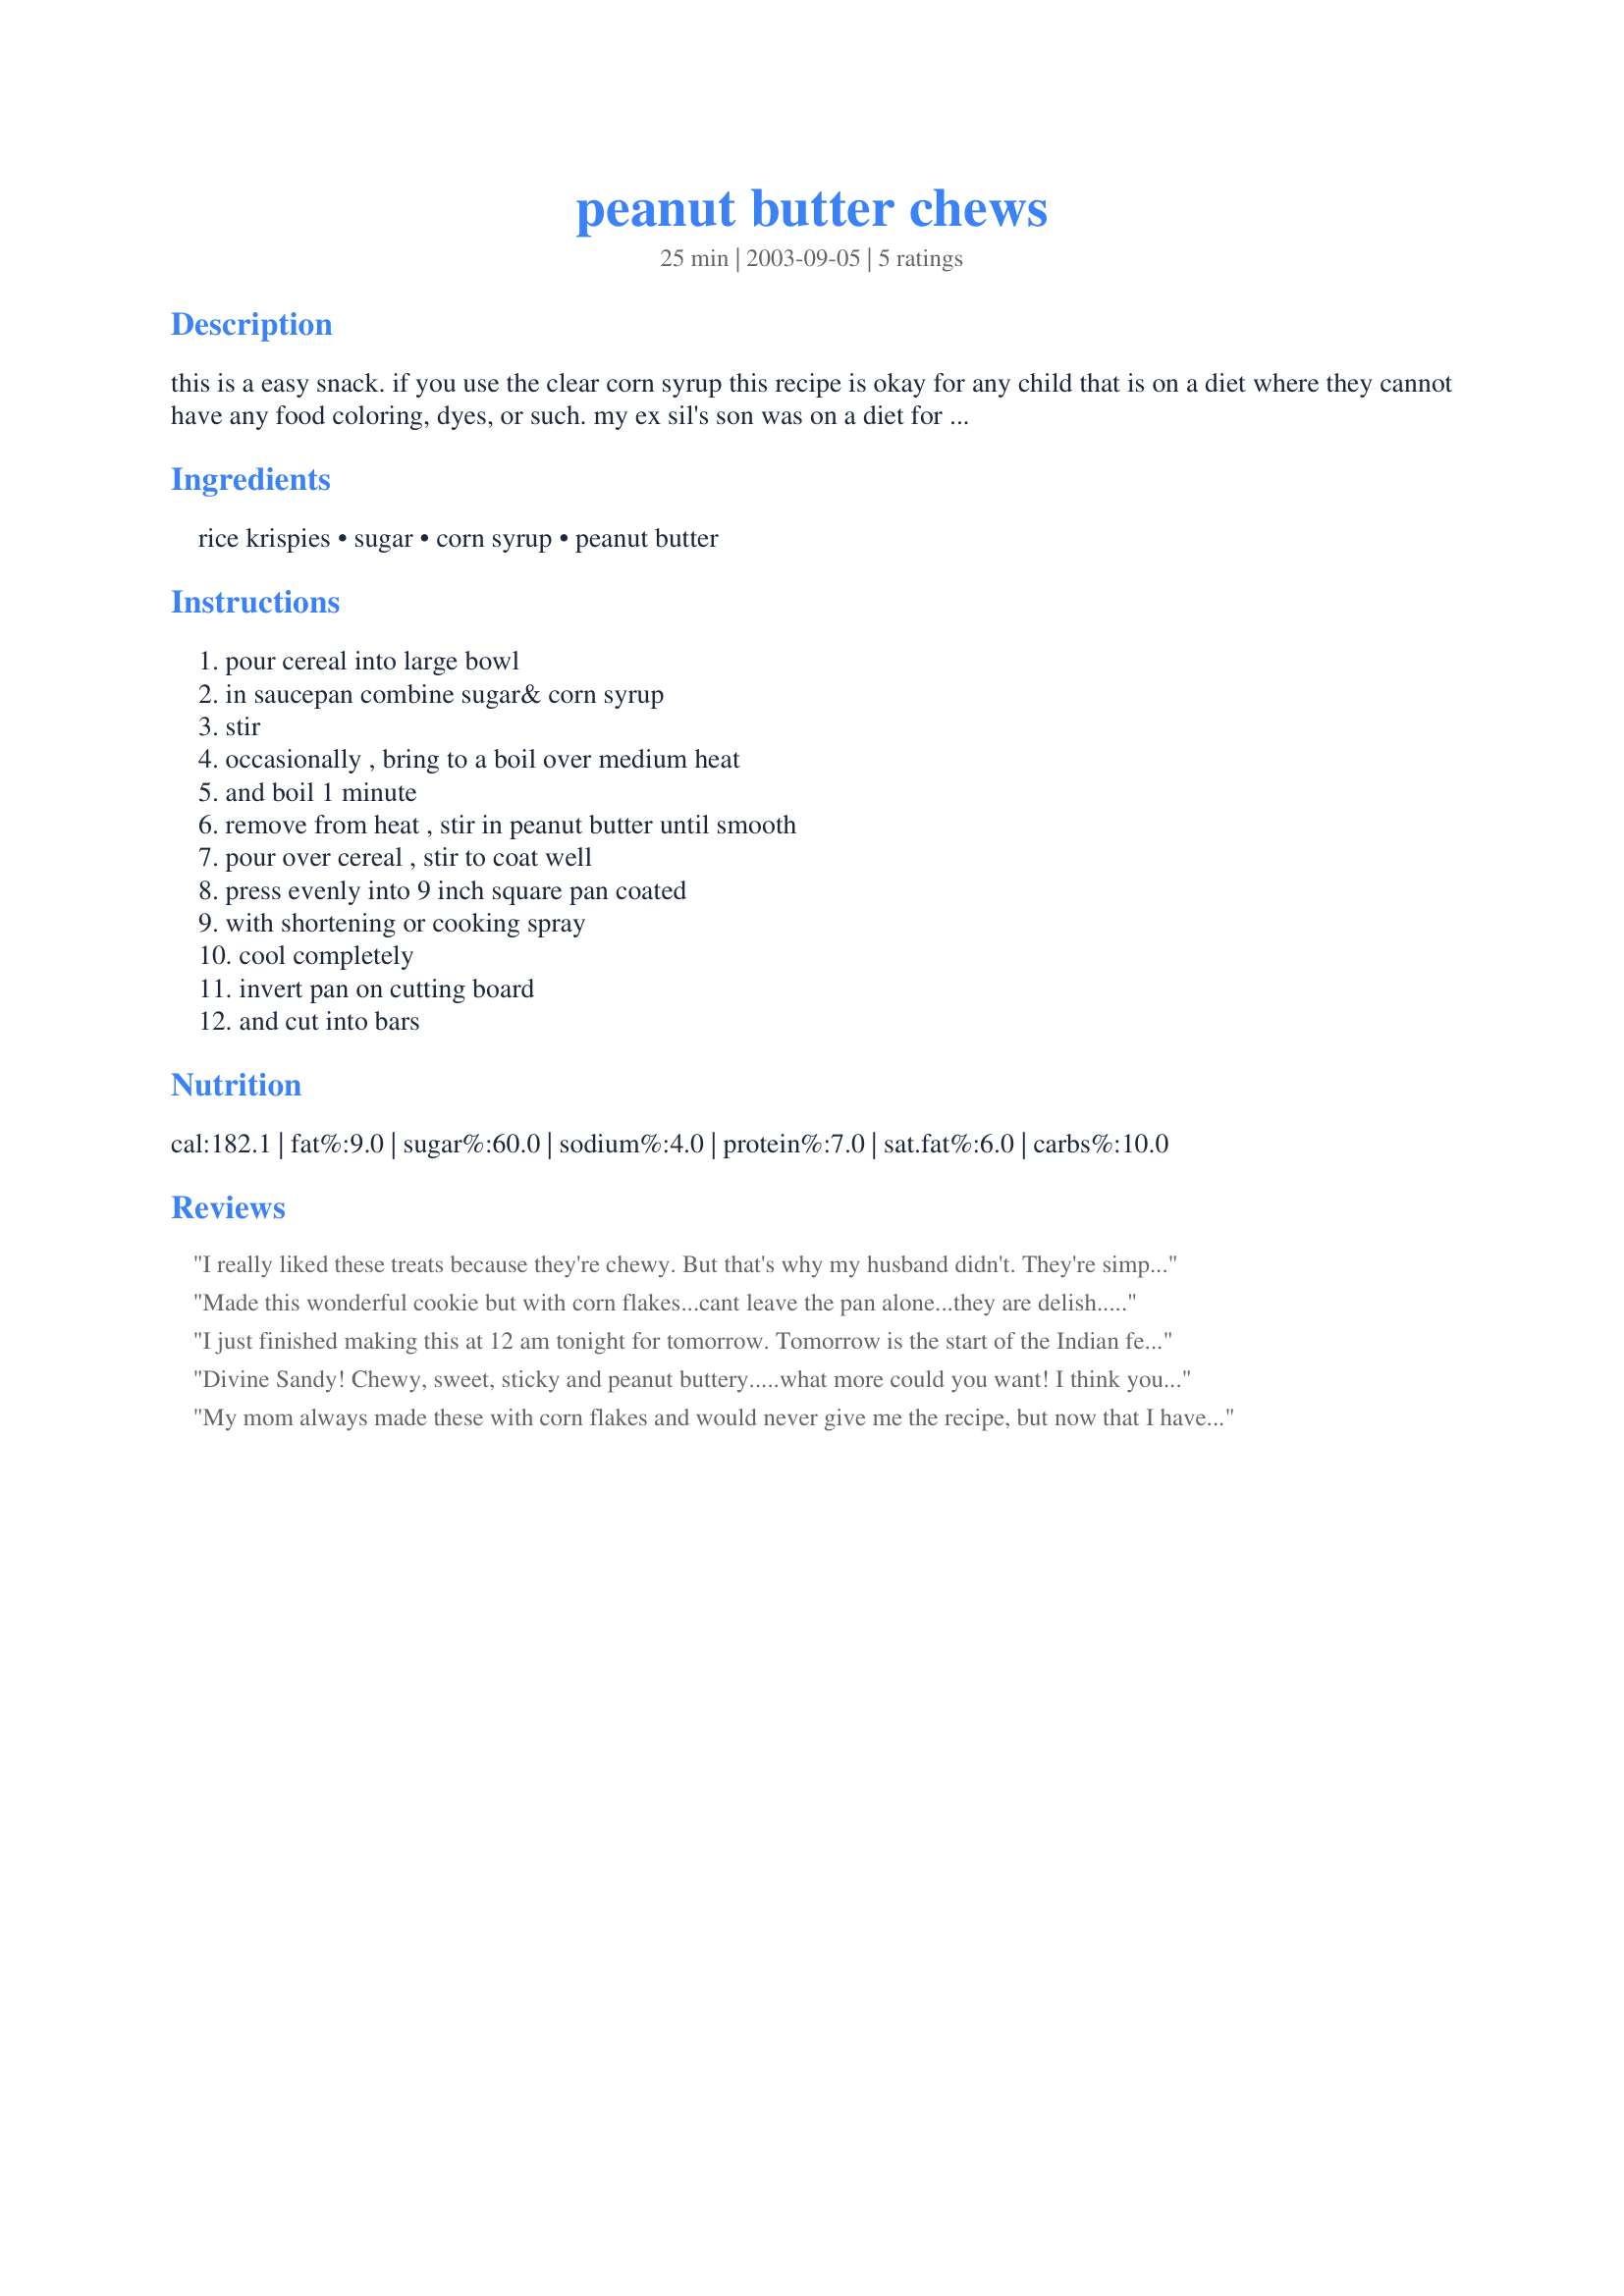
peanut butter chews
Preparation time: 25 minutes

this is a easy snack. if you use the clear corn syrup this recipe is okay for any child that is on a diet where they cannot have any food coloring, dyes, or such. my ex sil's son was on a diet for a.d.d. this was one of his favorite treats he could have.

Ingredients:
rice krispies, sugar, corn syrup, peanut butter

Steps:
pour cereal into large bowl, in saucepan combine sugar& corn syrup, stir, occasionally , bring to a boil over medium heat, and boil 1 minute, remove from heat , stir in peanut butter until smooth, pour over cereal , stir to coat well, press evenly into 9 inch square pan coated, with shortening or cooking spray, cool completely, invert pan on cutting board, and cut into bars

Reviews:
I really liked these treats because they're chewy. But that's why my husband didn't. They're simple enough to make though. It seems like I've had a similar snack made with corn flakes which I remember as being very good as well.
Made this wonderful cookie but with corn flakes...cant leave the pan alone...they are delish.....
I just finished making this at 12 am tonight for tomorrow. Tomorrow is the start of the Indian festival of Nav Ratri(which will go on over 9 days) as well the Jewish New Year(Rosh Hashannah). I was waiting on pins and needles for this time of the year to make this great treat and finally I did tonight!! This is a wonderful treat what with it being crunchy and munchy. It was ready within minutes and very easy to make. The ingredients are also easily available. I'm planning on giving away small bars of this as food gifts in this week. I guess this will be a great treat to take to a picnic or a potluck as well. I would like to highlight something I learned out of this recipe today: It is VERY IMPORTANT to clean the pots, pans, spoons, etc that you use for making this treat as soon as you have finished with step 7. This is because whatever little corn syrup-sugar-PB mix remains in the saucepan becomes very stubborn and difficult to remove unless the pan is washed rightaway. Don't delay or you will have to scrub away with Teenage Mutant Ninja Turtle Power! ;-)

Divine Sandy! Chewy, sweet, sticky and peanut buttery.....what more could you want! I think you could actually get away with making it in a 9 x 13" pan just fine, cause this makes a "to the top of the pan" bar in the 9" pan. Delicious..the pan is already empty and there are requests to make again...not soon, but NOW!!
My mom always made these with corn flakes and would never give me the recipe, but now that I have the recipe...Ha! Mama.
